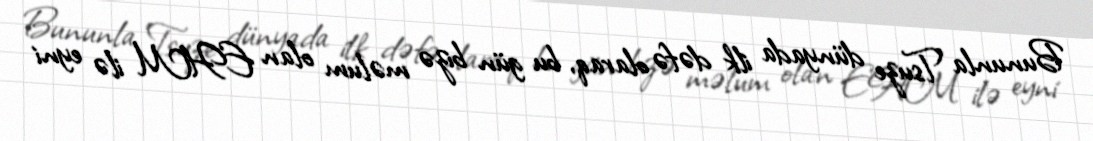
Bununla Tsuze dünyada ilk dəfə olaraq, bu gün bizə məlum olan EHM ilə eyni